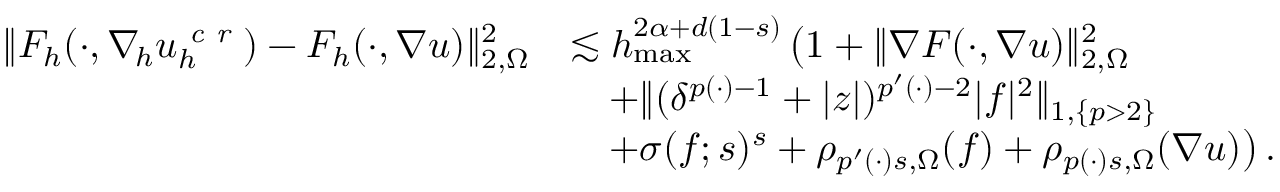
\begin{array} { r } { \begin{array} { r l } { \| F _ { h } ( \cdot , \nabla _ { \! h } u _ { h } ^ { \textit { c r } } ) - F _ { h } ( \cdot , \nabla u ) \| _ { 2 , \Omega } ^ { 2 } } & { \lesssim h _ { \operatorname* { m a x } } ^ { 2 \alpha + d ( 1 - s ) } \, \big ( 1 + \| \nabla F ( \cdot , \nabla u ) \| _ { 2 , \Omega } ^ { 2 } } \\ & { \quad + \| ( \delta ^ { p ( \cdot ) - 1 } + \vert z \vert ) ^ { p ^ { \prime } ( \cdot ) - 2 } \vert f \vert ^ { 2 } \| _ { 1 , \{ p > 2 \} } } \\ & { \quad + \sigma ( f ; s ) ^ { s } + \rho _ { p ^ { \prime } ( \cdot ) s , \Omega } ( f ) + \rho _ { p ( \cdot ) s , \Omega } ( \nabla u ) \big ) \, . } \end{array} } \end{array}